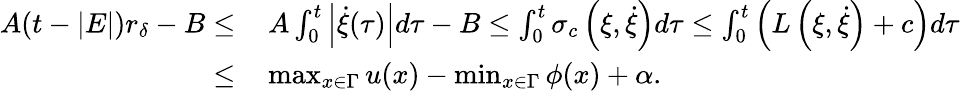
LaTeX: \begin{array}{rl}{A(t-|E|)r_{\delta}-B\le}&{\, A\int_{0}^{t}\left|\dot{\xi}(\tau)\right|d\tau-B\le\int_{0}^{t}\sigma_{c}\left(\xi,\dot{\xi}\right)d\tau\le\int_{0}^{t}\left(L\left(\xi,\dot{\xi}\right)+c\right)d\tau}\\ {\le}&{\, \operatorname*{max}_{x\in\Gamma}u(x)-\operatorname*{min}_{x\in\Gamma}\phi(x)+\alpha.}\end{array}